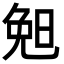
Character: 𣆶